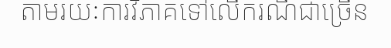
តាមរយៈការវិភាគទៅលើករណីជាច្រើន